Laimjala_vallavalitsus, lk 30
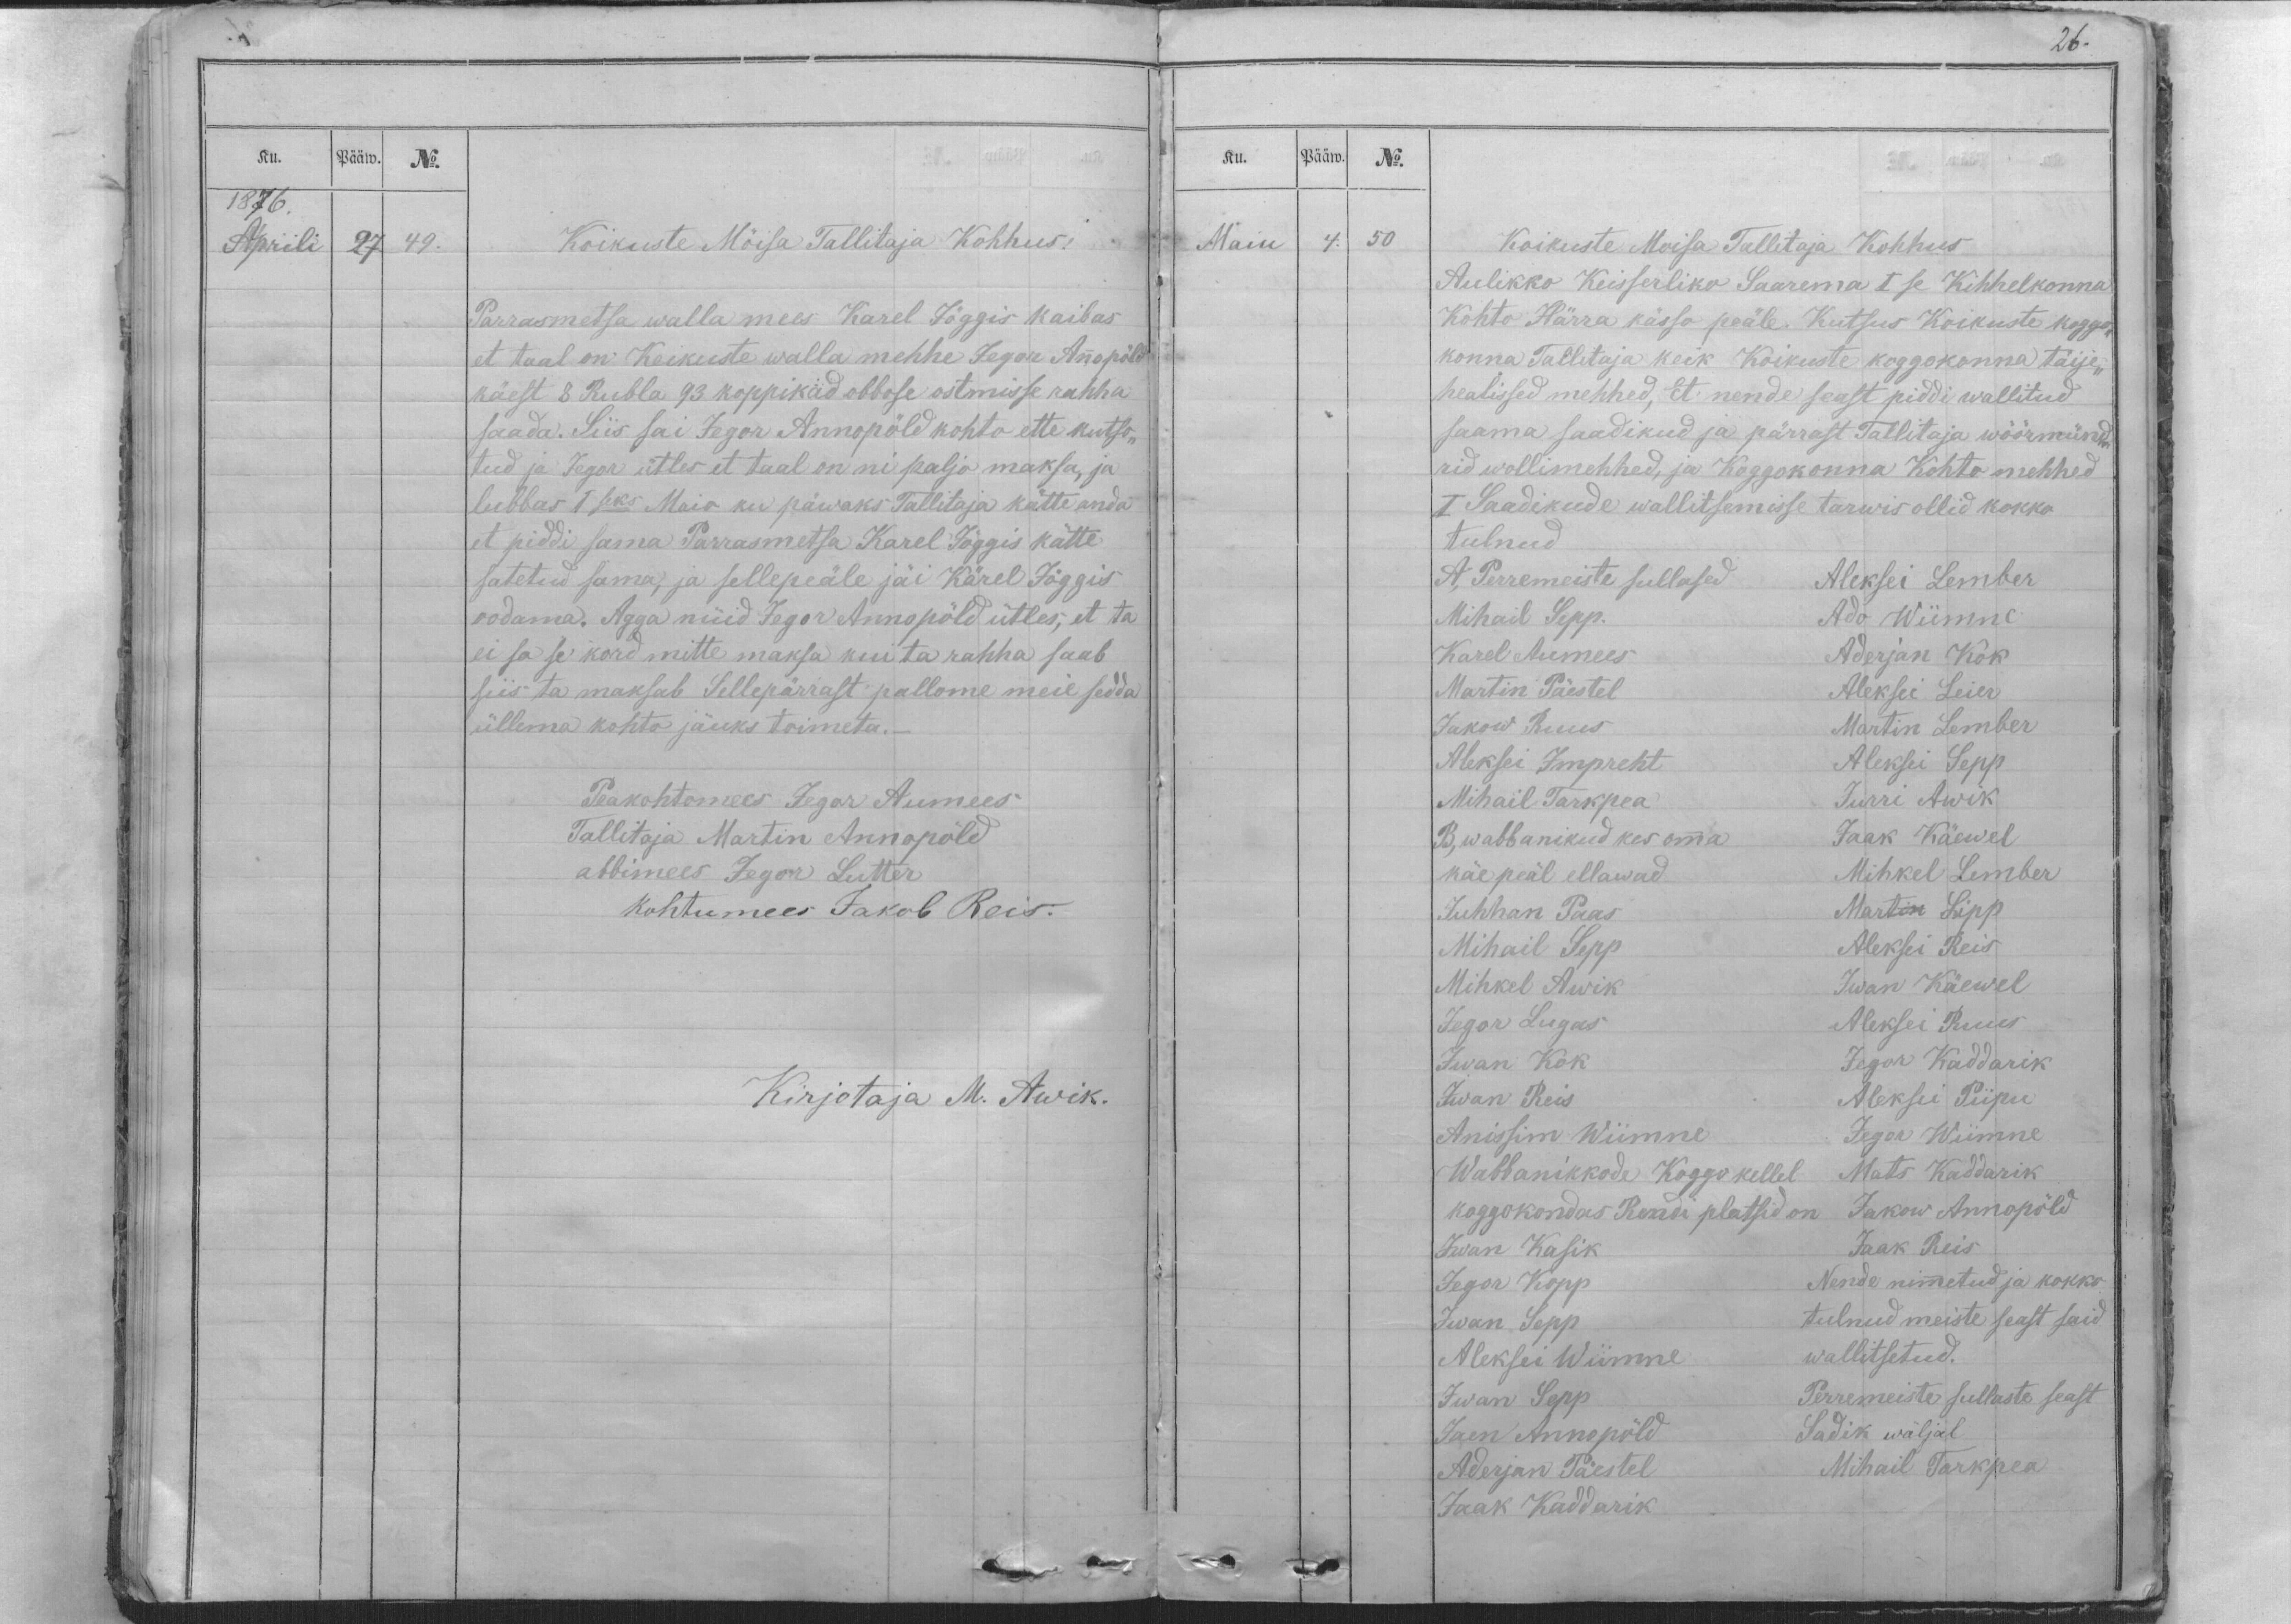
26.

Ku.
Pääw.
No.
1876.
Aprili
27.
49.

Koikuste Möisa Tallitaja Kohhus.
Parrasmetsa walla mees Karel Jöggis kaibas
et taal on Keikuste walla mehhe Jegor Annopöld
käest 8 Rubla 93 koppikad obbose ostmisse rahha
saada. Siis sai Jegor Annopöld kohto ette kutso-
tud ja Jegor ütles et taal on ni paljo maksa, ja
lubbas 1seks Maio ku päwaks Tallitaja kätte anda
et piddi sama Parrasmetsa Karel Jöggis kätte
satetud sama, ja sellepeäle jäi Kärel Jöggis
oodama. Agga nüid Jegor Annopöld ütles, et ta
ei sa se kord mitte maksa kui ta rahha saab
siis ta maksab Sellepärrast pallome meie sedda
üllema kohto jäuks toimeta._
Peakohtomees Jegor Aumees
Tallitaja Martin Annopöld
abbimees Jegor Lutter
Kohtumees Jakob Reis.
Kirjotaja M. Awik.

Ku.
Pääw.
No.
Maiu
4.
50
Koikuste Moisa Tallitaja Kohhus
Aulikko Keisserliko Saarema I se Kihhelkonna
Kohto Härra kässo peäle. Kutsus Koikuste koggo-
konna Tallitaja keik Koikuste koggokonna täije-
healissed mehhed, Et nende seast piddi wallitud
saama saadikud ja pärrast Tallitaja wöörmünd-
rid wollimehhed, ja Koggokonna Kohto mehhed
I. Saadikude wallitsemisse tarwis ollid kokko
tulnud
A. Perremeiste sullased Aleksei Lember
Mihail Sepp.
Ado Wiimne
Karel Aumees
Aderjan Kok
Martin Päestel
Aleksei Leier
Jakow Ruus
Martin Lember
Aleksei Impreht
Aleksei Sepp
Mihail Tarkpea
Jurri Awik
B, wabbanikud kes omma
Jaak Käewel
käe peäl ellawad
Mihkel Lember
Juhhan Paas
Martin Lipp
Mihail Sepp
Aleksei Reis
Mihkel Awik
Iwan Käewel
Jegor Lugas
Aleksei Ruus
Iwan Kok
Jegor Kaddarik
Iwan Reis
Aleksei Piipu
Anissim Wiimne
Jegor Wiimne
Wabbanikkode Koggo kellel
Mats Kaddarik
koggokondas Rendi platsid on
Jakow Annopöld
Iwan Kasik
Jaak Reis
Jegor Kopp
Nende nimmetud ja kokko-
Iwan Sepp
tulnud meiste seast said
Aleksei Wiimme
wallitsetud.
Iwan Sepp
Perremeiste sullaste seast
Jaan Annopöld
Sadik wäljal
Aderjan Päestel
Mihail Tarkpea
Jaak Kaddarik